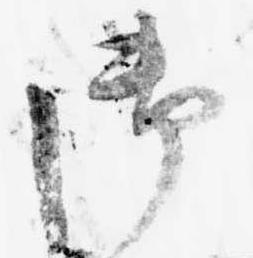
御